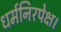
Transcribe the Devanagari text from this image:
धर्मनिरपेक्ष।